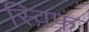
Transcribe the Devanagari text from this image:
स्विफ